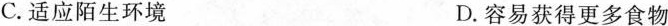
C.适应陌生环境 D.容易获得更多食物